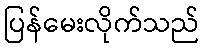
ပြန်မေးလိုက်သည်